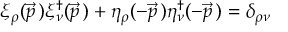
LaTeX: \xi _ { \rho } ( \vec { p } \, ) \xi _ { \nu } ^ { \dagger } ( \vec { p } \, ) + \eta _ { \rho } ( - \vec { p } \, ) \eta _ { \nu } ^ { \dagger } ( - \vec { p } \, ) = \delta _ { \rho \nu }